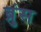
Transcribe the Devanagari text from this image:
ब्रुंस